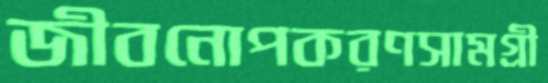
জীবনোপকরণসামগ্রী